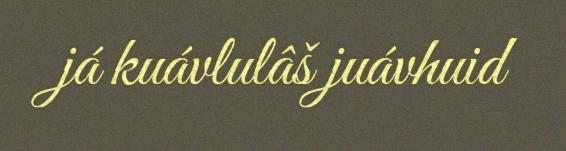
já kuávlulâš juávhuid